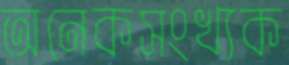
অনেকসংখ্যক